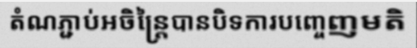
តំណភ្ជាប់អចិន្ត្រៃបានបិទការបញ្ចេញមតិ